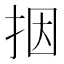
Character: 㧢